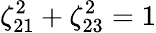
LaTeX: \zeta_{21}^{2}+\zeta_{23}^{2}=1